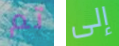
تم إلى